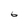
Character: 6